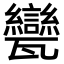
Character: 㽋